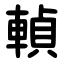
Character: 䡠